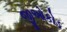
જીઓકોડ